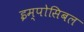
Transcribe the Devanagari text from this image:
इम्पोसिबल